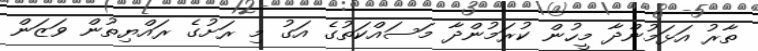
ތާރު އަޅަމުންދާ މީހުން ކުރަމުންދާ މަސައްކަތުގެ އަގު މި ރަށުގެ ރައްޔިތުން ވަޒަން